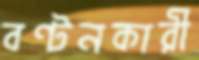
বণ্টনকারী